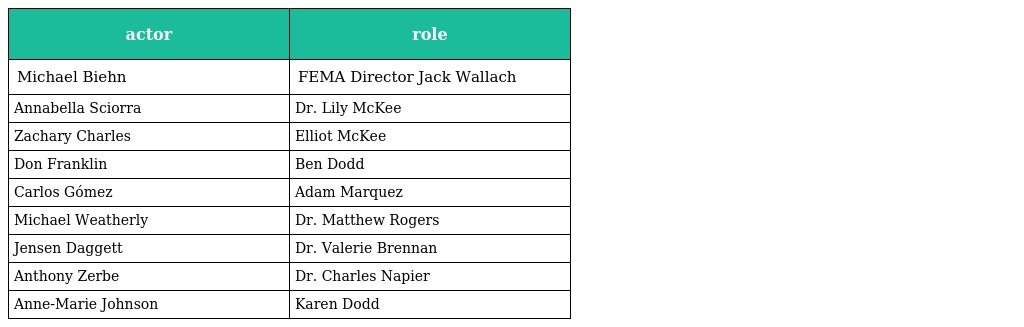
| actor | role |
 | --- | --- |
 | Michael Biehn | FEMA Director Jack Wallach |
 | Annabella Sciorra | Dr. Lily McKee |
 | Zachary Charles | Elliot McKee |
 | Don Franklin | Ben Dodd |
 | Carlos Gómez | Adam Marquez |
 | Michael Weatherly | Dr. Matthew Rogers |
 | Jensen Daggett | Dr. Valerie Brennan |
 | Anthony Zerbe | Dr. Charles Napier |
 | Anne-Marie Johnson | Karen Dodd |